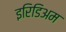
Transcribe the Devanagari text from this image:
इरिडिअम